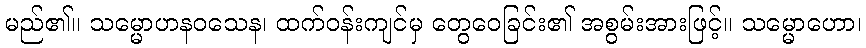
မည်၏။ သမ္မောဟနဝသေန၊ ထက်ဝန်းကျင်မှ တွေဝေခြင်း၏ အစွမ်းအားဖြင့်။ သမ္မောဟော၊